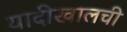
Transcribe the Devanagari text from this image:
यादीखालची